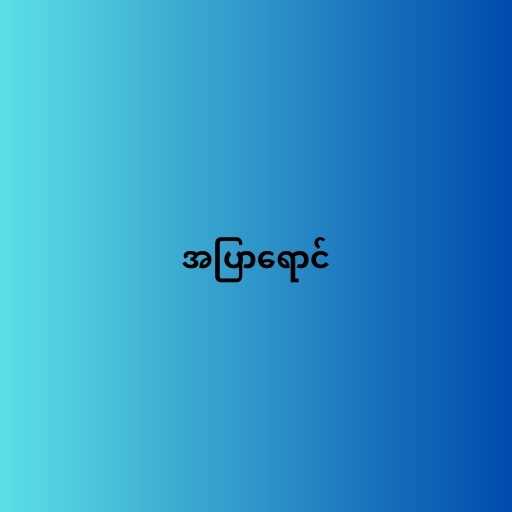
အပြာရောင်